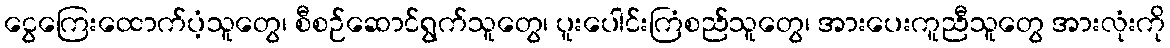
ငွေကြေးထောက်ပံ့သူတွေ၊ စီစဉ်ဆောင်ရွက်သူတွေ၊ ပူးပေါင်းကြံစည်သူတွေ၊ အားပေးကူညီသူတွေ အားလုံးကို